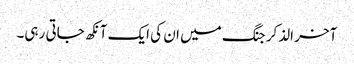
آخر الذکر جنگ میں ان کی ایک آنکھ جاتی رہی۔